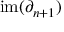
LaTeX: \mathrm { i m } ( \partial _ { n + 1 } )